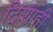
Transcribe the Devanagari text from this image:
दिशाही